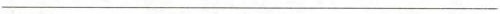
___